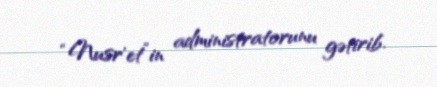
“Nusr’et”in administratorunu gətirib.